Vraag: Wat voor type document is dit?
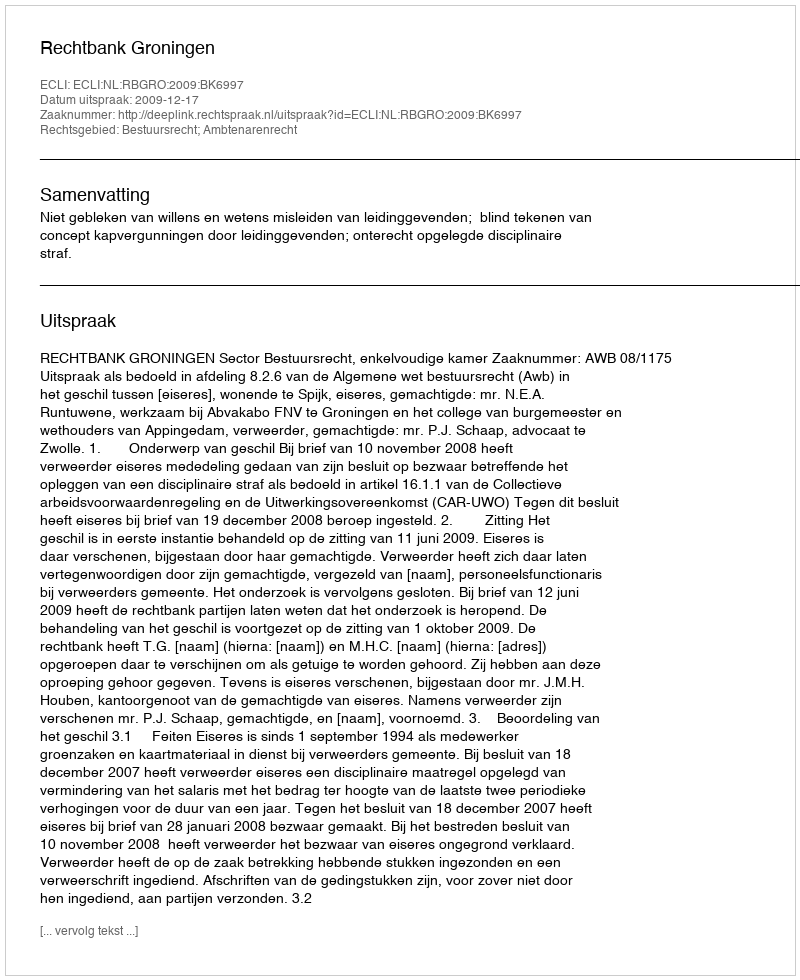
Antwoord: Uitspraak